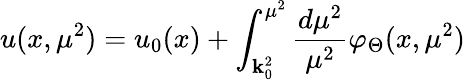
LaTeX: u(x,\mu^{2})=u_{0}(x)+\int_{\mathbf{k}_{0}^{2}}^{\mu^{2}}\frac{{d\mu^{2}}}{{\mu^{2}}}\varphi_{\Theta}(x,\mu^{2})